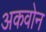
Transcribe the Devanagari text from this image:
अकवोन